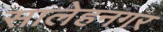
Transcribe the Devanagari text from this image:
सालेहनगर